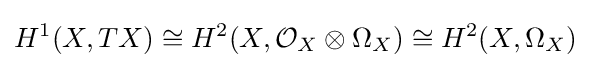
H^{1}(X,TX)\cong H^{2}(X,{\mathcal {O}}_{X}\otimes \Omega _{X})\cong H^{2}(X,\Omega _{X})